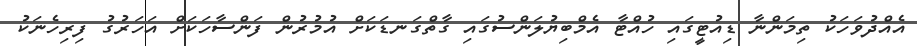
އެއްދުވަހަކު ތިމަންނާ ޑިއުޓީގައި ހުއްޓާ އެމްބިޔުލަންސުގައި ގާތްގަނޑަކަށް އުމުރުން ފަންސާހަކަށް އަހަރުގު ފިރިހެނަކު